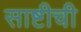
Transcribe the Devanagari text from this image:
साष्टीची